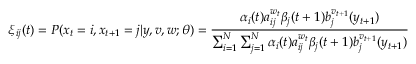
\xi _ { i j } ( t ) = P ( x _ { t } = i , x _ { t + 1 } = j | y , v , w ; \theta ) = { \frac { \alpha _ { i } ( t ) a _ { i j } ^ { w _ { t } } \beta _ { j } ( t + 1 ) b _ { j } ^ { v _ { t + 1 } } ( y _ { t + 1 } ) } { \sum _ { i = 1 } ^ { N } \sum _ { j = 1 } ^ { N } \alpha _ { i } ( t ) a _ { i j } ^ { w _ { t } } \beta _ { j } ( t + 1 ) b _ { j } ^ { v _ { t + 1 } } ( y _ { t + 1 } ) } }